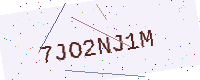
Text: 7JO2NJ1M